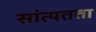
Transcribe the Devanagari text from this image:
सांत्यतता